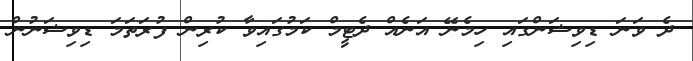
ދެ ވަނަ ޑިވިޝަންގައި ހިމެނޭ އަނެއް ދެޓީމް ކަމުގައިވާ ކުރިން ފުރަތަމަ ޑިވިޝަނުން